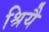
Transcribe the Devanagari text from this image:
श्रियै